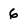
Character: 6